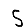
Digit: 5